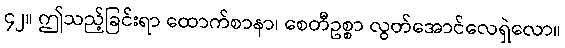
၄၂။ ဤသည့်ခြင်းရာ ထောက်စာနာ၊ စေတီဥစ္စာ လွတ်အောင်လေရှဲလော။